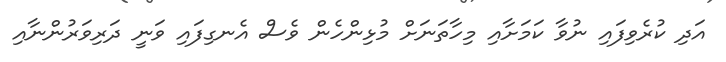
އަދި ކުރެވިފައި ނުވާ ކަމަށާއި މިހާތަނަށް މުޅިންހެން ވެސް އެނގިފައި ވަނީ ދަރިވަރުންނާއި